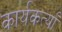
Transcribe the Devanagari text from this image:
कार्यकर्त्यां